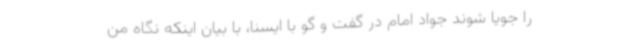
را جویا شوند جواد امام در گفت و گو با ایسنا، با بیان اینکه نگاه من